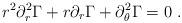
LaTeX: \begin{align*}r^2 \partial^2_r \Gamma+r \partial_r \Gamma+ \partial^2_\theta \Gamma = 0\ . \end{align*}